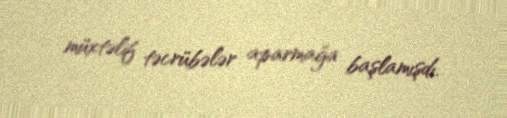
müxtəlif təcrübələr aparmağa başlamışdı.